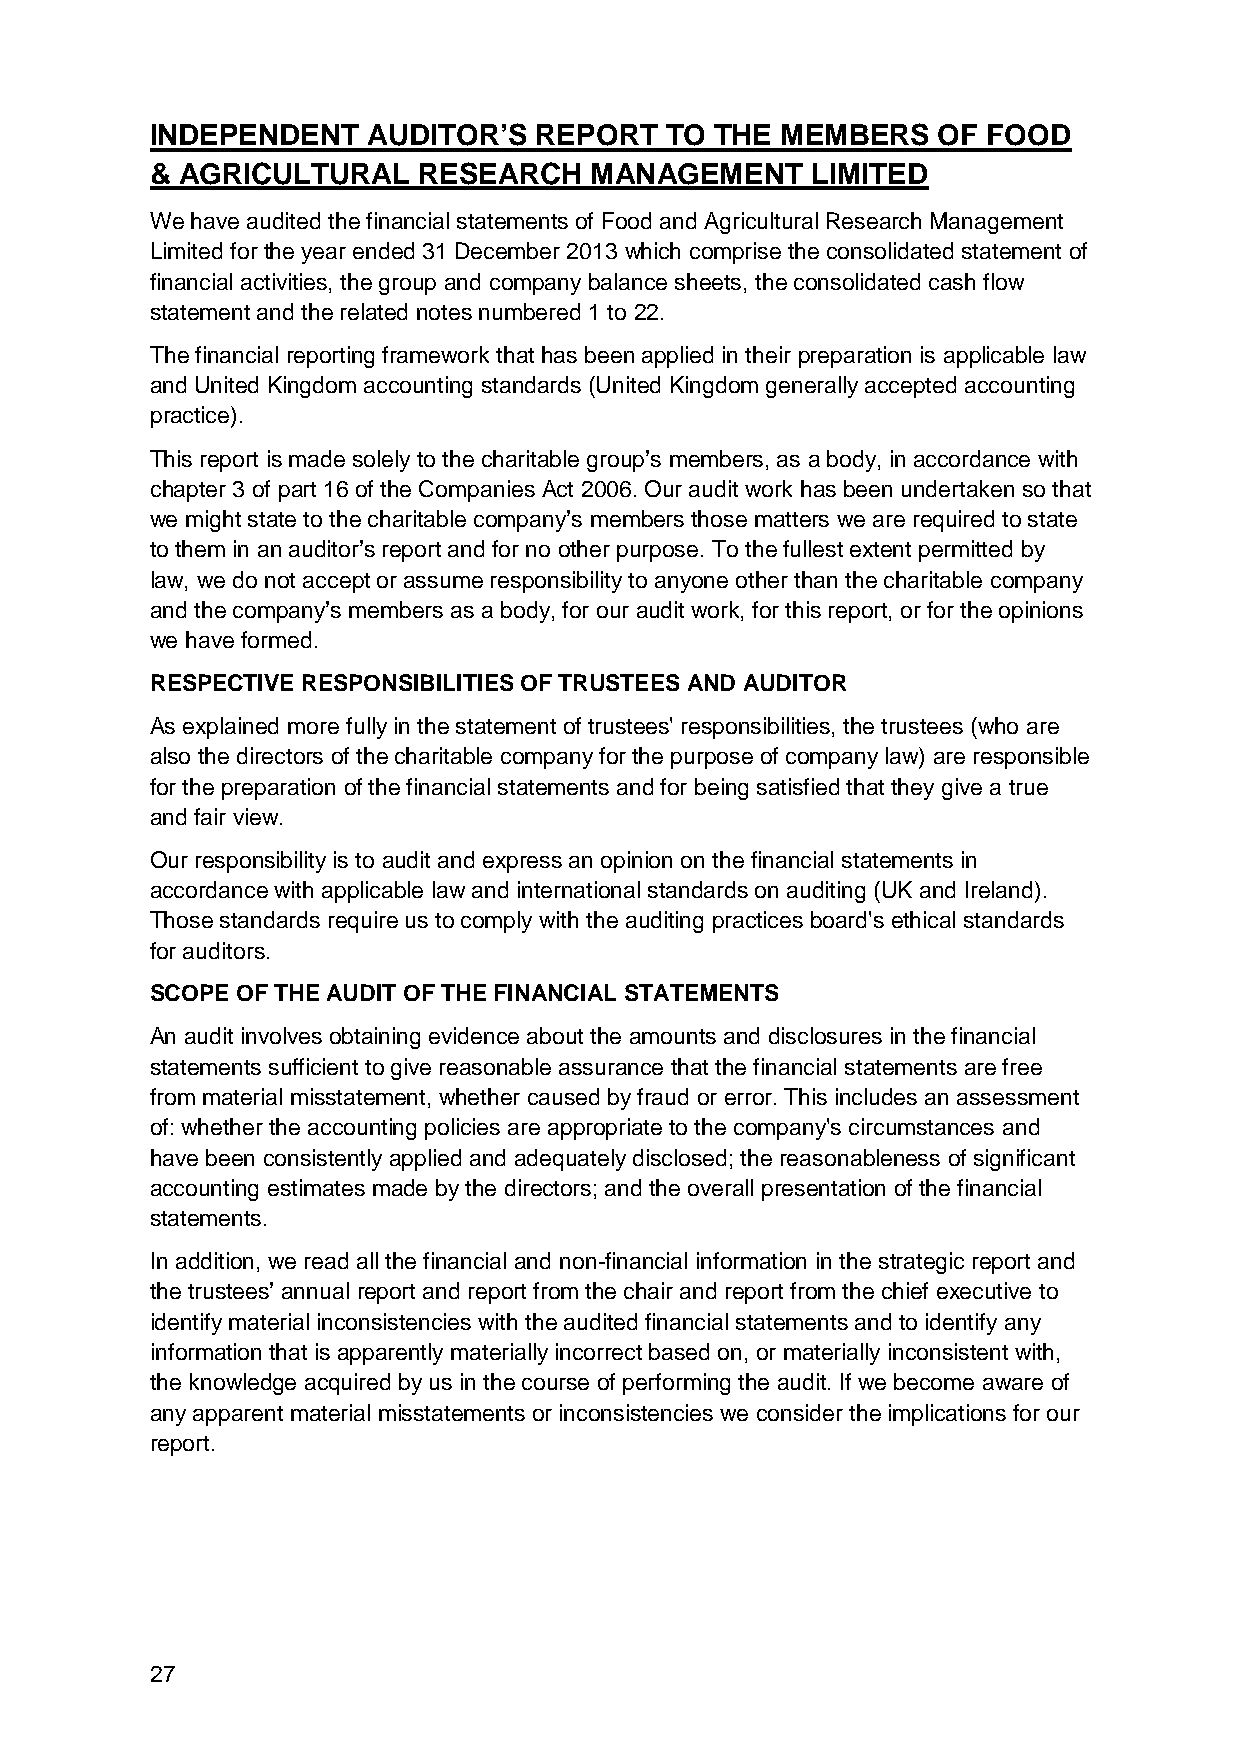
INDEPENDENT   AUDITOR’S  REPORT   TO THE  MEMBERS   OF FOOD
 & AGRICULTURAL    RESEARCH   MANAGEMENT     LIMITED
 We have audited the financial statements of Food and Agricultural Research Management
 Limited for the year ended 31 December 2013 which comprise the consolidated statement of
 financial activities, the group and company balance sheets, the consolidated cash flow
 statement and the related notes numbered 1 to 22.
 The financial reporting framework that has been applied in their preparation is applicable law
 and United Kingdom accounting standards (United Kingdom generally accepted accounting
 practice).
 This report is made solely to the charitable group’s members, as a body, in accordance with
 chapter 3 of part 16 of the Companies Act 2006. Our audit work has been undertaken so that
 we might state to the charitable company’s members those matters we are required to state
 to them in an auditor’s report and for no other purpose. To the fullest extent permitted by
 law, we do not accept or assume responsibility to anyone other than the charitable company
 and the company’s members as a body, for our audit work, for this report, or for the opinions
 we have formed.
 RESPECTIVE RESPONSIBILITIES OF TRUSTEES AND AUDITOR
 As explained more fully in the statement of trustees' responsibilities, the trustees (who are
 also the directors of the charitable company for the purpose of company law) are responsible
 for the preparation of the financial statements and for being satisfied that they give a true
 and fair view.
 Our responsibility is to audit and express an opinion on the financial statements in
 accordance with applicable law and international standards on auditing (UK and Ireland).
 Those standards require us to comply with the auditing practices board's ethical standards
 for auditors.
 SCOPE OF THE AUDIT OF THE FINANCIAL STATEMENTS
 An audit involves obtaining evidence about the amounts and disclosures in the financial
 statements sufficient to give reasonable assurance that the financial statements are free
 from material misstatement, whether caused by fraud or error. This includes an assessment
 of: whether the accounting policies are appropriate to the company's circumstances and
 have been consistently applied and adequately disclosed; the reasonableness of significant
 accounting estimates made by the directors; and the overall presentation of the financial
 statements.
 In addition, we read all the financial and non-financial information in the strategic report and
 the trustees’ annual report and report from the chair and report from the chief executive to
 identify material inconsistencies with the audited financial statements and to identify any
 information that is apparently materially incorrect based on, or materially inconsistent with,
 the knowledge acquired by us in the course of performing the audit. If we become aware of
 any apparent material misstatements or inconsistencies we consider the implications for our
 report.
 27